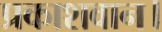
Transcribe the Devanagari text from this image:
प्रकाशवान।